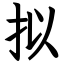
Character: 拟